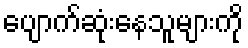
ပျောက်ဆုံးနေသူများကို